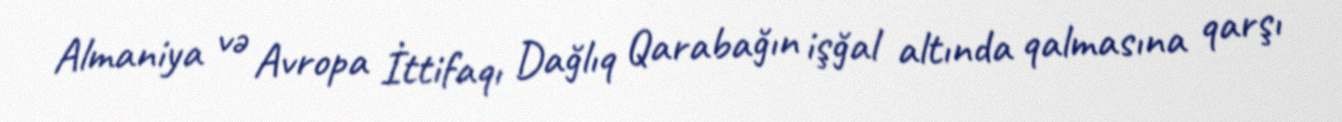
Almaniya və Avropa İttifaqı Dağlıq Qarabağın işğal altında qalmasına qarşı